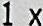
1X